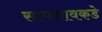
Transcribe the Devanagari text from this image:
सापगावकडे